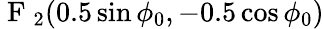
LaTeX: \displaystyle\mathrm{~F~}_{2}(0.5\sin\phi_{0},-0.5\cos\phi_{0})